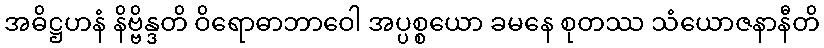
အဓိဋ္ဌဟနံ နိဗ္ဗိန္ဒတိ ဝိရောဓာဘာဝေါ အပ္ပစ္စယော ခမနေ စုတဿ သံယောဇနာနီတိ